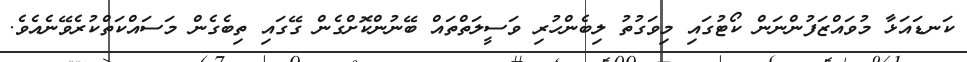
ކަނޑައަޅާ މުވައްޒަފުންނަން ކޯޓުގައި މިވަގުތު ލިބެންހުރި ވަސީލަތްތައް ބޭނުންކޮށްގެން ގޭގައި ތިބެގެން މަސައްކަތްކުރެވޭނެއެވެ.